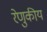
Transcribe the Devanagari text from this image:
रेणुकीय